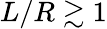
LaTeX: L/R\gtrsim 1